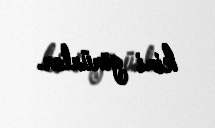
kimi görürlər.